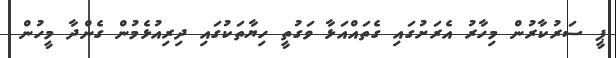
ޕީ ސަރުކާރުން މިހާރު އެރަށުގައި ގެތައްއަޅާ ވަގުތީ ހިޔާތަކުގައި ދިރިއުޅެމުން ގެންދާ މީހުން